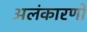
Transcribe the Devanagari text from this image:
अलंकारणों